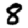
Digit: 8